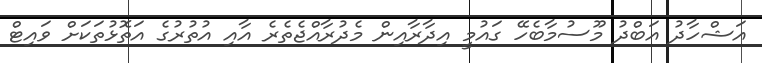
އަޝްހާދު އަބްދު މޫސުމާބެހޭ ގައުމީ އިދާރާއިން މެދުރާއްޖެތެރެ އާއި އުތުރުގެ އަތޮޅުތަކަށް ވައިޓް